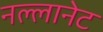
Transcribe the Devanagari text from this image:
नल्लानेट